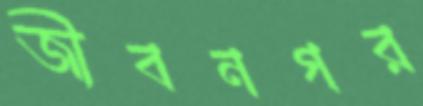
জীবনগর